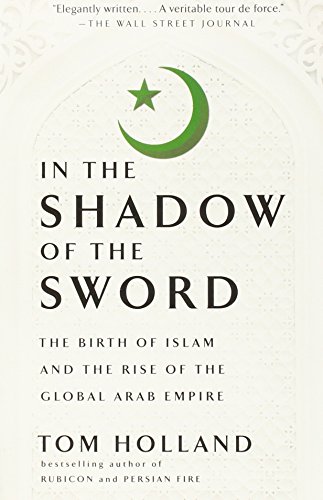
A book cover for In the Shadow of the Sword: The Birth of Islam and the Rise of the Global Arab Empire; Tom Holland; History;